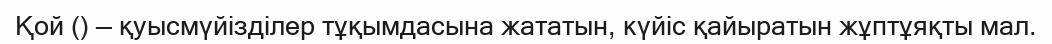
Қой () — қуысмүйізділер тұқымдасына жататын, күйіс қайыратын жұптұяқты мал.